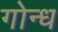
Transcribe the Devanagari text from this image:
गोन्ध